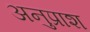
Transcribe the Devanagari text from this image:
अनुप्राश